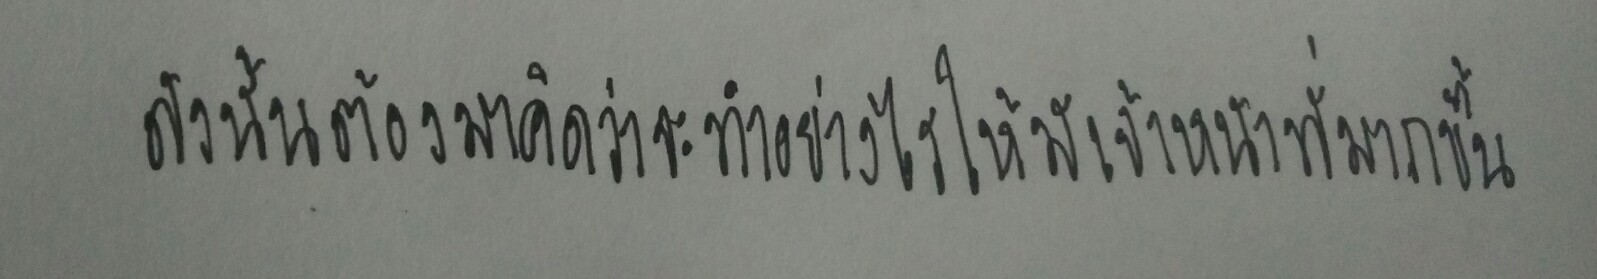
ดังนั้นต้องมาคิดว่าจะทำอย่างไรให้มีเจ้าหน้าที่มากขึ้น